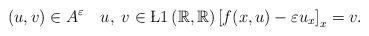
LaTeX: \begin{align*} \left(u,v\right)\in A^{\varepsilon} \quad u,\;v\in\L{1}\left(\mathbb{R},\mathbb{R}\right) \left[f(x,u)-\varepsilon u_{x}\right]_{x}=v. \end{align*}